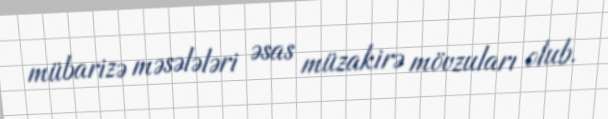
mübarizə məsələləri əsas müzakirə mövzuları olub.